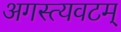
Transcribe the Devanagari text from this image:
अगस्त्यवटम्